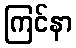
ကြင်နာ